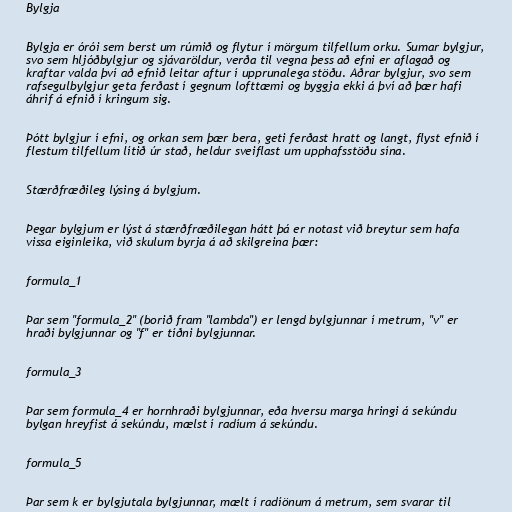
Bylgja

Bylgja er órói sem berst um rúmið og flytur í mörgum tilfellum orku. Sumar bylgjur,
svo sem hljóðbylgjur og sjávaröldur, verða til vegna þess að efni er aflagað og
kraftar valda því að efnið leitar aftur í upprunalega stöðu. Aðrar bylgjur, svo sem
rafsegulbylgjur geta ferðast í gegnum lofttæmi og byggja ekki á því að þær hafi
áhrif á efnið í kringum sig.

Þótt bylgjur í efni, og orkan sem þær bera, geti ferðast hratt og langt, flyst efnið í
flestum tilfellum lítið úr stað, heldur sveiflast um upphafsstöðu sína.

Stærðfræðileg lýsing á bylgjum.

Þegar bylgjum er lýst á stærðfræðilegan hátt þá er notast við breytur sem hafa
vissa eiginleika, við skulum byrja á að skilgreina þær:

formula_1

Þar sem "formula_2" (borið fram "lambda") er lengd bylgjunnar í metrum, "v" er
hraði bylgjunnar og "f" er tíðni bylgjunnar.

formula_3

Þar sem formula_4 er hornhraði bylgjunnar, eða hversu marga hringi á sekúndu
bylgan hreyfist á sekúndu, mælst í radíum á sekúndu.

formula_5

Þar sem k er bylgjutala bylgjunnar, mælt í radíönum á metrum, sem svarar til